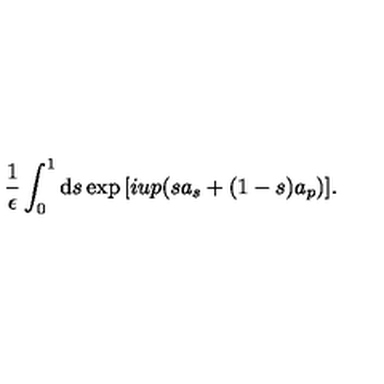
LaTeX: \frac { 1 } { \epsilon } \int _ { 0 } ^ { 1 } \mathrm { d } s \exp { [ i u p ( s a _ { s } + ( 1 - s ) a _ { p } ) ] } .